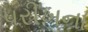
પરીખના